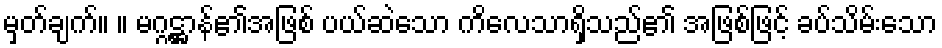
မှတ်ချက်။ ။ မဂ္ဂဋ္ဌာန်၏အဖြစ် ပယ်ဆဲသော ကိလေသာရှိသည်၏ အဖြစ်ဖြင့် ခပ်သိမ်းသော